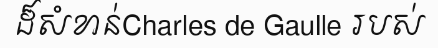
ដ៏សំខាន់Charles de Gaulle របស់